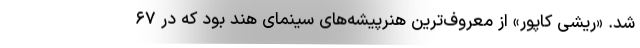
شد. «ریشی کاپور» از معروف‌ترین هنرپیشه‌های سینمای هند بود که در ۶۷